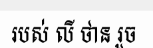
របស់ លី ថាន រួច